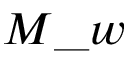
M \_ w